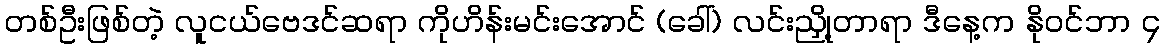
တစ်ဦးဖြစ်တဲ့ လူငယ်ဗေဒင်ဆရာ ကိုဟိန်းမင်းအောင် (ခေါ်) လင်းညှို့တာရာ ဒီနေ့က နိုဝင်ဘာ ၄